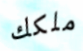
ملكك